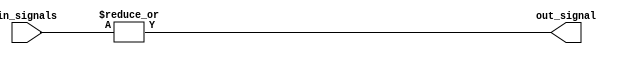
module OR_gate(
    input [31:0] in_signals,
    output reg out_signal
);

always @(*) begin
    out_signal = |in_signals;
end

endmodule